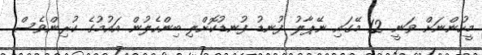
މީހުންނަށް ވަނީ 12 މޭގައި ނޭޕާލު ފުނޑު ފުނޑުކޮށްލި ބިންހެލުން އަައުމުގެ ކުރިންވެސް